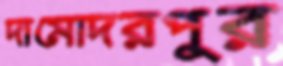
দামোদরপুর